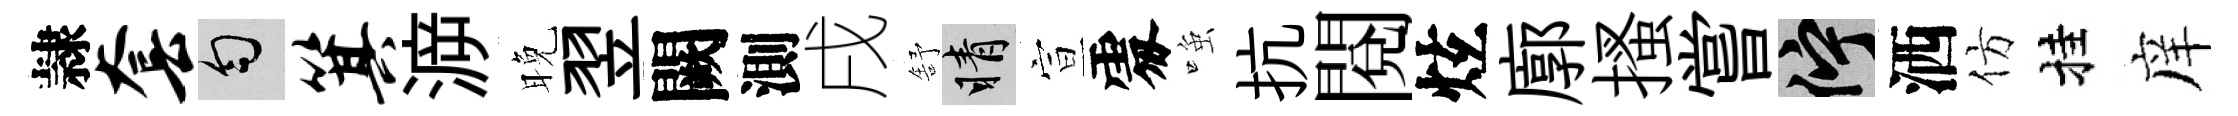
隷套匀箕㴑晚翌闕測戌舒睛宣𠁅𫪻抗閱炫廓搔嘗伫洒仿挂庠